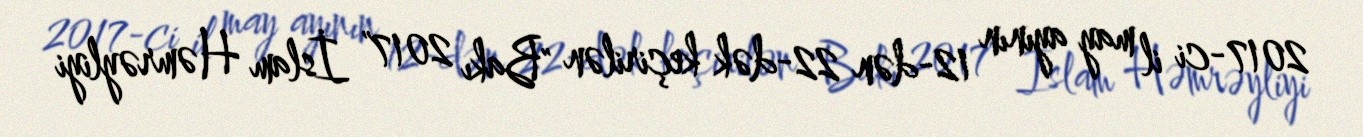
2017-ci il may ayının 12-dən 22-dək keçirilən "Bakı 2017" İslam Həmrəyliyi